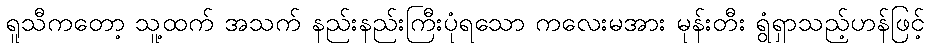
ရူသီကတော့ သူ့ထက် အသက် နည်းနည်းကြီးပုံရသော ကလေးမအား မုန်းတီး ရွံရှာသည့်ဟန်ဖြင့်